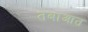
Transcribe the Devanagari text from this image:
तबाआत